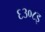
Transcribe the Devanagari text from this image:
६३०८इ